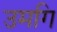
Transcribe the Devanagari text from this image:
उमगि